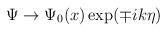
LaTeX: \begin{align*}\Psi \rightarrow \Psi _0(x)\exp (\mp ik\eta )\end{align*}